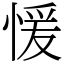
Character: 愋